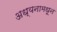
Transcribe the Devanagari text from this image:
अध्यनामधून